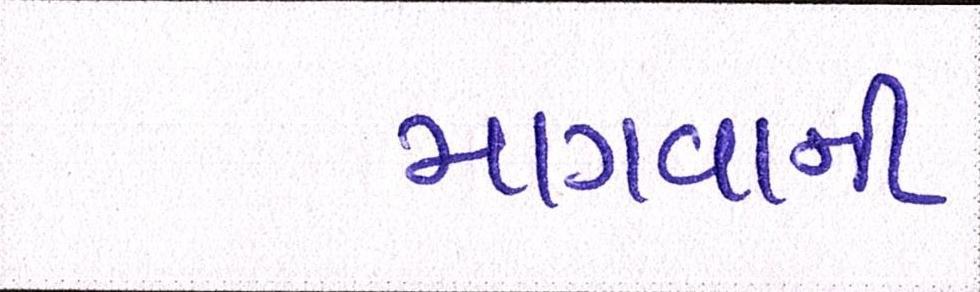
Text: માગવાની